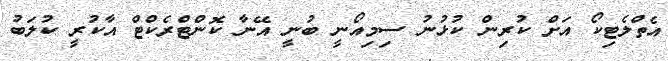
އެތްލެޓިކޯ އަށް ކުރިން ކުޅުނު ސިމިއޯނީ ބުނީ އޭނާ ކޮންޓްރެކްޓް އާކުރީ ކުލަބު